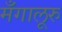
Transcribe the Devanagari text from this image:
मँगालूरु